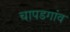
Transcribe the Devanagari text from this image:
चापडगांव